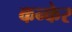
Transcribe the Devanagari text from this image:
कन्केर